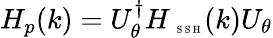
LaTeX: H_{p}(k)=U_{\theta}^{\dagger}H_{\mathrm{~\tiny~S~S~H~}}(k)U_{\theta}